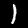
Digit: 1